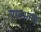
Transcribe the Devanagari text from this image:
पूरनभगत